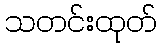
သတင်းထုတ်